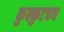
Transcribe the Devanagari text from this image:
कुक्कुटवध